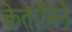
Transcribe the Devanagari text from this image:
केतामिने